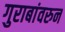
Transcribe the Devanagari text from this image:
गुराबांवरुन